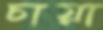
চায়া